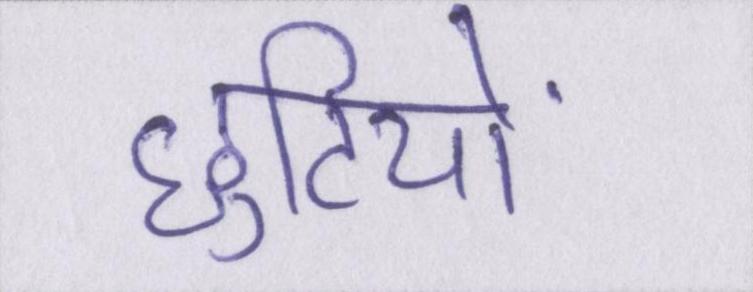
छुटियों